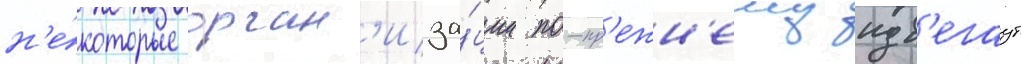
н'е́которые орган'иза́ции по-пр'ежн'ему изб'егаут